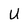
Character: U